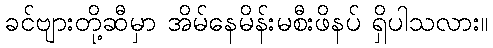
ခင်ဗျားတို့ဆီမှာ အိမ်နေမိန်းမစီးဖိနပ် ရှိပါသလား။